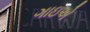
ગાઇએ